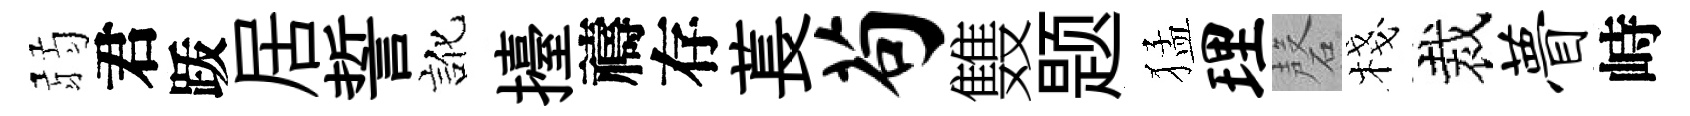
弱君䟦居誓訛擡禱存萇苟䨇题猛理磬棧裁瞢峙